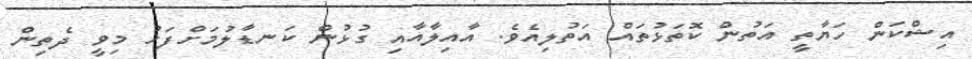
އިޝްކަން ހަޔާތީ އަތުން ކޮތަޅުތައް އަތުލިއެވެ. އާއިލާއާއި ގުޅުން ކަނޑާލުމަށްފަހު މިވީ ދެތިން